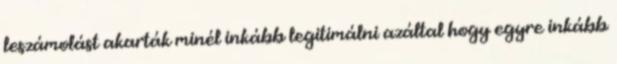
leszámolást akarták minél inkább legitimálni azáltal hogy egyre inkább